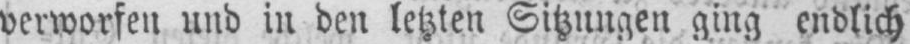
verworfen und in den letzten Sitzungen ging endlich